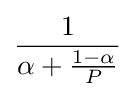
{\frac {1}{\alpha +{\frac {1-\alpha }{P}}}}